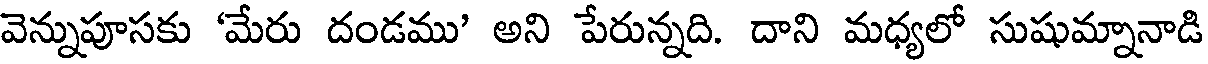
వెన్నుపూసకు 'మేరు దండము' అని పేరున్నది. దాని మధ్యలో సుషుమ్నానాడి